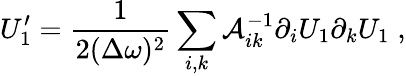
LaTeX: U_{\mathrm{1}}^{\prime}=\frac{1}{2(\Delta\omega)^{2}}\sum_{i,k}\mathcal{A}_{ik}^{-1}\partial_{i}U_{1}\partial_{k}U_{1}\; ,